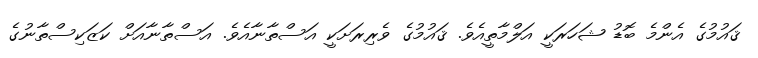
ޤައުމުގެ އެންމެ ބޮޑު ޝަހަރަކީ އަލްމާތީއެވެ. ޤައުމުގެ ވެރިރަށަކީ އަސްތާނާއެވެ. އަސްތާނާާއަށް ކަޒަކިސްތާނުގެ